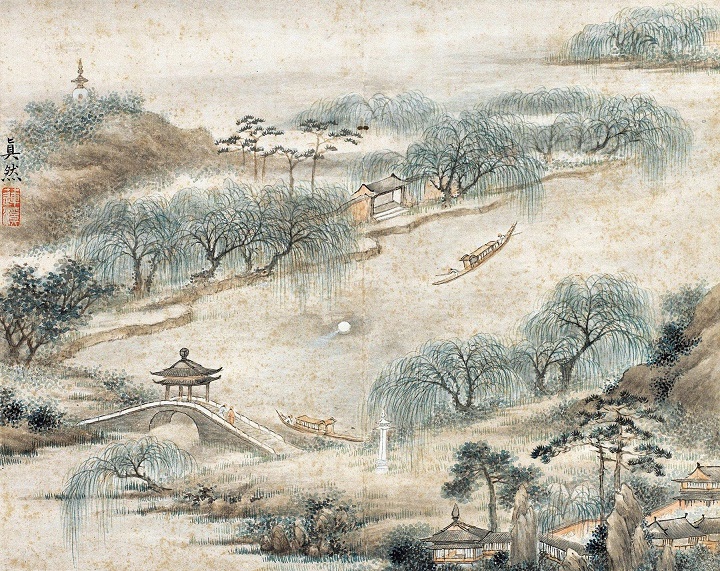
长堤春水绿悠悠，畎入漳河一道流。